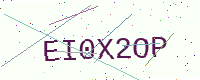
Text: EI0X2OP